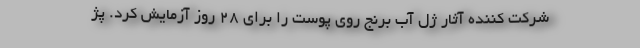
شرکت کننده آثار ژل آب برنج روی پوست را برای 28 روز آزمایش کرد. پژ